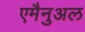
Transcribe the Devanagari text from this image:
एमैनुअल